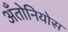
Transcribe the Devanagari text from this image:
अँतोनियोस